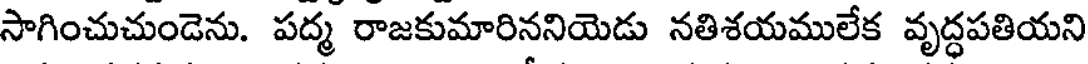
సాగించుచుండెను. పద్మ రాజకుమారిననియెడు నతిశయములేక వృద్ధపతియని